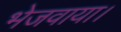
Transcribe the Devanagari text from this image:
भेजवाया।